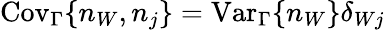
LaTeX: \mathrm{Cov}_{\Gamma}\{ n_{W},n_{j}\} =\mathrm{Var}_{\Gamma}\{ n_{W}\} \delta_{Wj}